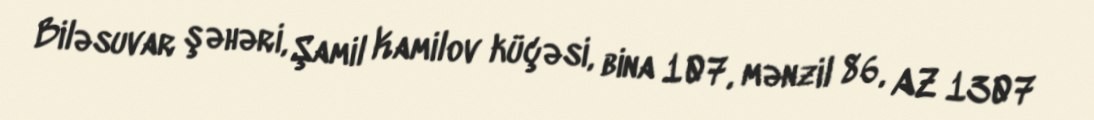
Biləsuvar şəhəri, Şamil Kamilov küçəsi, bina 107, mənzil 86, AZ 1307